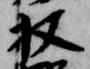
収